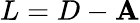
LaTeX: L=D-\mathbf{A}